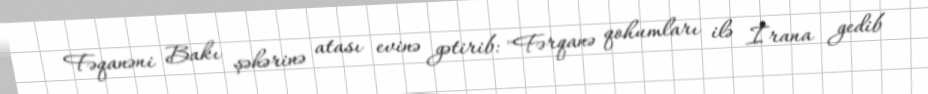
Fəqanəni Bakı şəhərinə atası evinə gətirib: "Fərqanə qohumları ilə İrana gedib